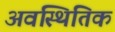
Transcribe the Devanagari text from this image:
अवस्थितिक